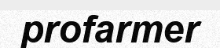
profarmer